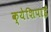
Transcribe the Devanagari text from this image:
क्येशिपाई